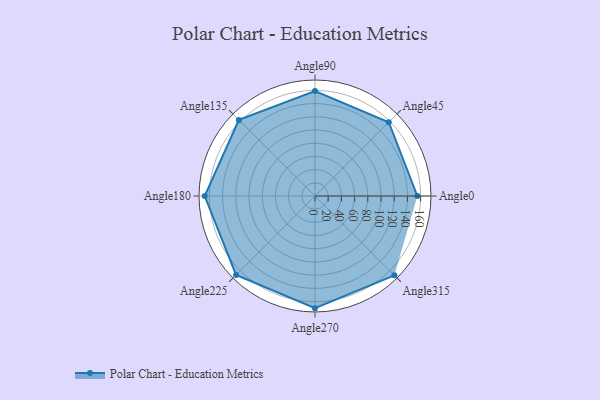
{"axis": {"x": "Angle", "y": "Radius"}, "legend": [""], "data": [{"x": "Angle0", "y": 155.0, "type": ""}, {"x": "Angle45", "y": 158.0, "type": ""}, {"x": "Angle90", "y": 159.0, "type": ""}, {"x": "Angle135", "y": 163.0, "type": ""}, {"x": "Angle180", "y": 167.0, "type": ""}, {"x": "Angle225", "y": 169.0, "type": ""}, {"x": "Angle270", "y": 170, "type": ""}, {"x": "Angle315", "y": 170, "type": ""}]}